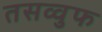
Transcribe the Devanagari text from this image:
तसव्‍वुफ